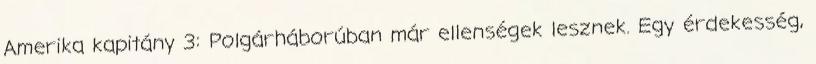
Amerika kapitány 3: Polgárháborúban már ellenségek lesznek. Egy érdekesség,